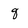
Character: q